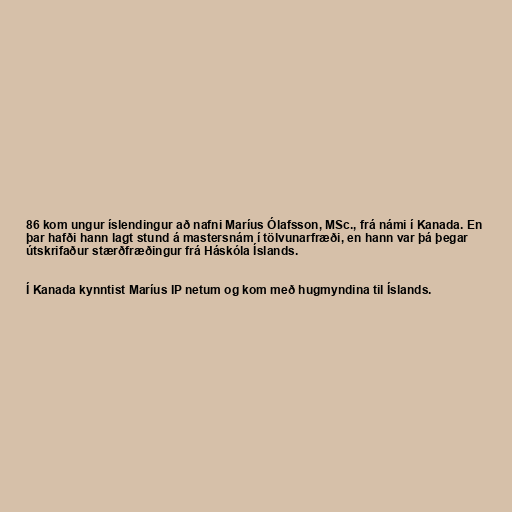
86 kom ungur íslendingur að nafni Maríus Ólafsson, MSc., frá námi í Kanada. En
þar hafði hann lagt stund á mastersnám í tölvunarfræði, en hann var þá þegar
útskrifaður stærðfræðingur frá Háskóla Íslands.

Í Kanada kynntist Maríus IP netum og kom með hugmyndina til Íslands.